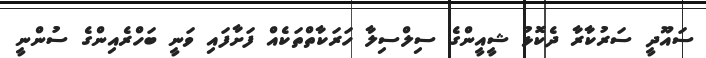
ސައޫދީ ސަރުކާރާ ދެކޮޅު ޝީއީންގެ ސިލްސިލާ ހަރަކާތްތަކެއް ފަށާފައި ވަނީ ބަހްރެއިންގެ ސުންނީ